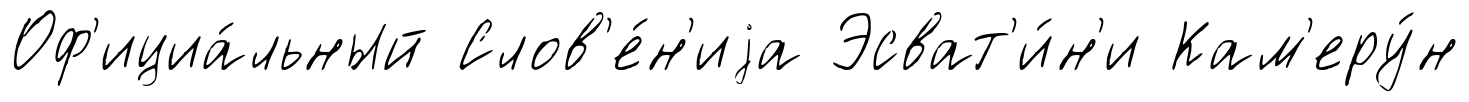
Оф'ициа́льный Слов'е́н'иjа Эсват'и́н'и Кам'еру́н